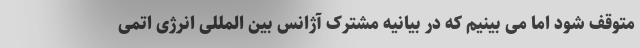
متوقف شود اما می بینیم که در بیانیه مشترک آژانس بین المللی انرژی اتمی